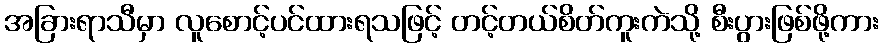
အခြားရာသီမှာ လူစောင့်ပင်ထားရသဖြင့် တင့်တယ်စိတ်ကူးကဲသို့ စီးပွားဖြစ်ဖို့ကား